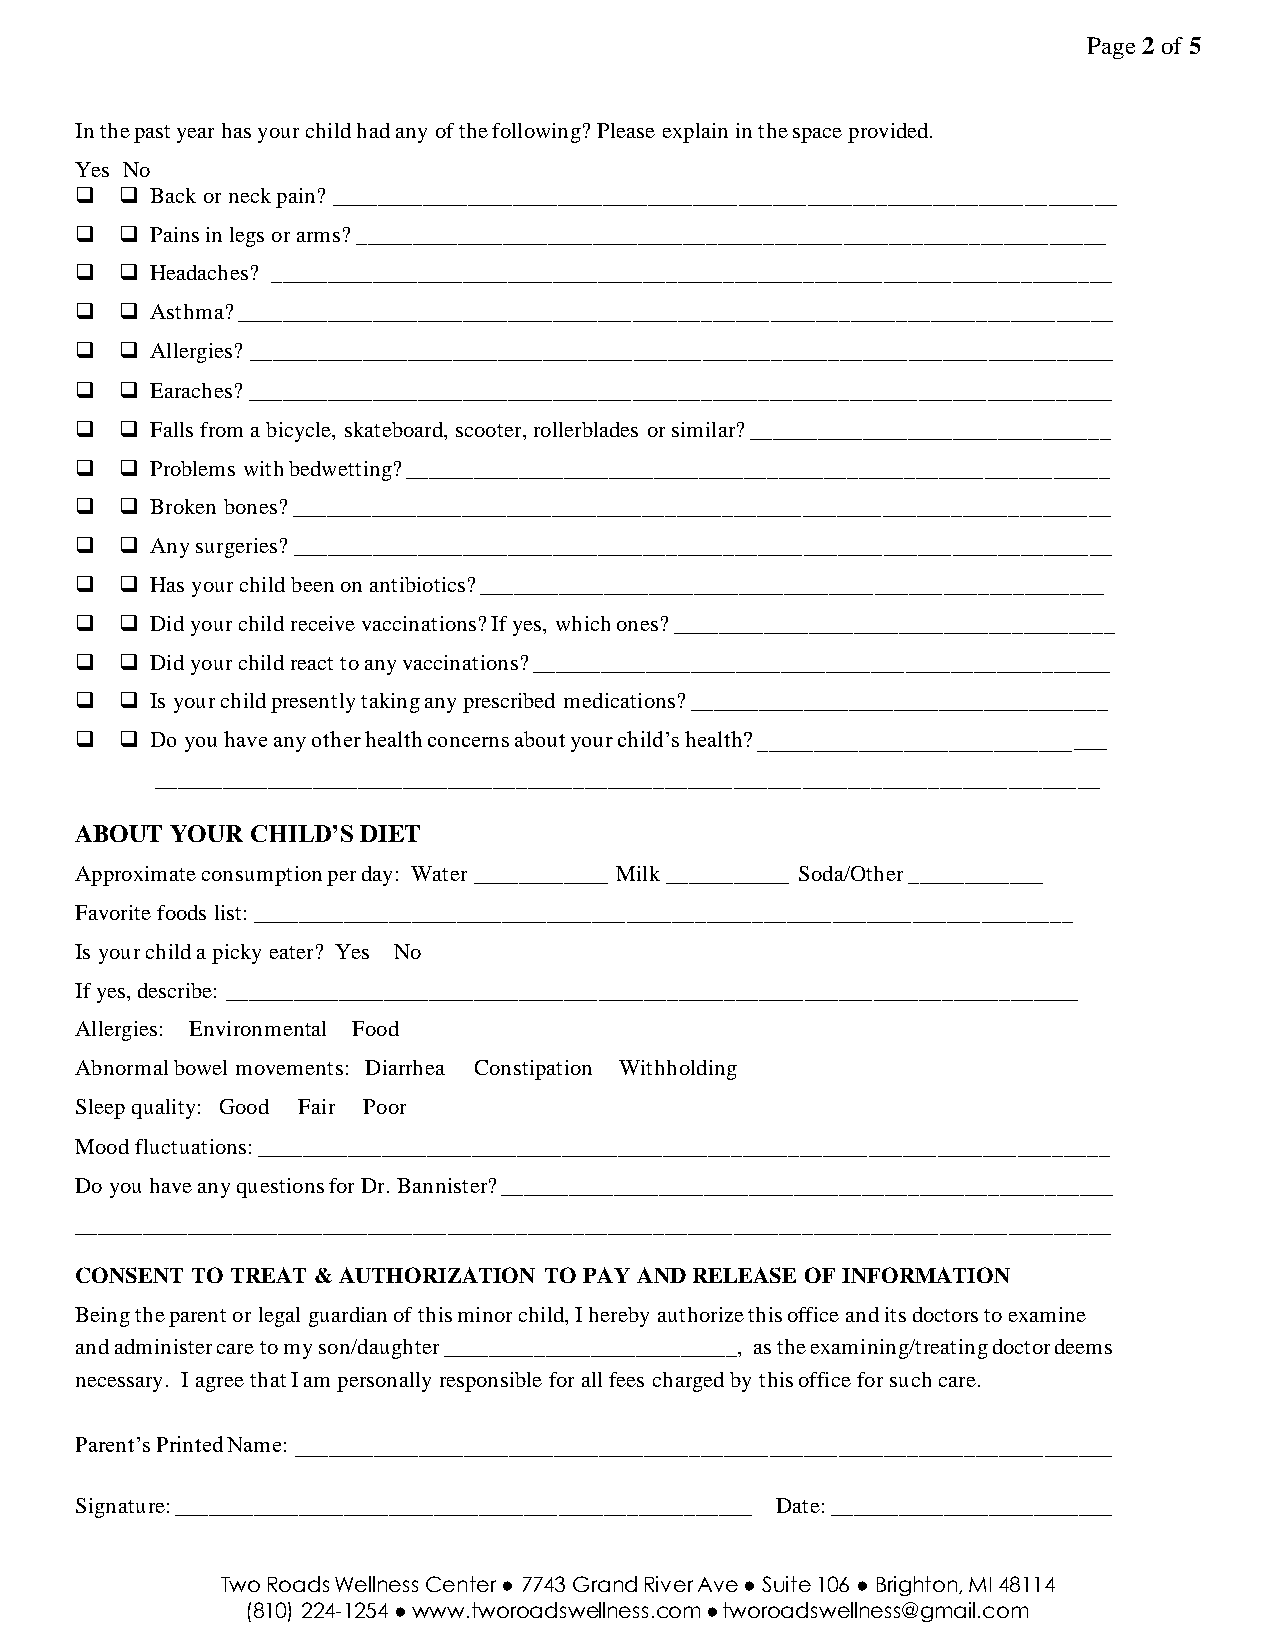
Page 2 of 5
 In the past year has your child had any of the following? Please explain in the space provided.
 Yes No
 ❑  ❑ Back or neck pain? _____________________________________________________________________
 ❑  ❑ Pains in legs or arms? __________________________________________________________________
 ❑  ❑ Headaches? __________________________________________________________________________
 ❑  ❑ Asthma? _____________________________________________________________________________
 ❑  ❑ Allergies? ____________________________________________________________________________
 ❑  ❑ Earaches? ____________________________________________________________________________
 ❑  ❑ Falls from a bicycle, skateboard, scooter, rollerblades or similar? ________________________________
 ❑  ❑ Problems with bedwetting? ______________________________________________________________
 ❑  ❑ Broken bones? ________________________________________________________________________
 ❑  ❑ Any surgeries? ________________________________________________________________________
 ❑  ❑ Has your child been on antibiotics? _______________________________________________________
 ❑  ❑ Did your child receive vaccinations? If yes, which ones? _______________________________________
 ❑  ❑ Did your child react to any vaccinations? ___________________________________________________
 ❑  ❑ Is your child presently taking any prescribed medications? _____________________________________
 ❑  ❑ Do you have any other health concerns about your child’s health? _______________________________
 ___________________________________________________________________________________
 ABOUT YOUR  CHILD’S DIET
 Approximate consumption per day: Water ____________ Milk ___________ Soda/Other ____________
 Favorite foods list: ________________________________________________________________________
 Is your child a picky eater? Yes No
 If yes, describe: ___________________________________________________________________________
 Allergies: Environmental Food
 Abnormal bowel movements: Diarrhea Constipation Withholding
 Sleep quality: Good Fair Poor
 Mood fluctuations: ___________________________________________________________________________
 Do you have any questions for Dr. Bannister? ______________________________________________________
 ___________________________________________________________________________________________
 CONSENT TO TREAT & AUTHORIZATION TO PAY AND RELEASE OF INFORMATION
 Being the parent or legal guardian of this minor child, I hereby authorize this office and its doctors to examine
 and administer care to my son/daughter __________________________, as the examining/treating doctor deems
 necessary. I agree that I am personally responsible for all fees charged by this office for such care.
 Parent’s Printed Name: ________________________________________________________________________
 Signature: ___________________________________________________ Date: _________________________
 Two Roads Wellness Center ● 7743 Grand River Ave ● Suite 106 ● Brighton, MI 48114
 (810) 224-1254 ● www.tworoadswellness.com ● tworoadswellness@gmail.com